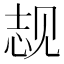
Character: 𬢌